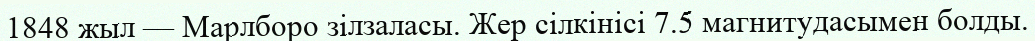
1848 жыл — Марлборо зілзаласы. Жер сілкінісі 7.5 магнитудасымен болды.